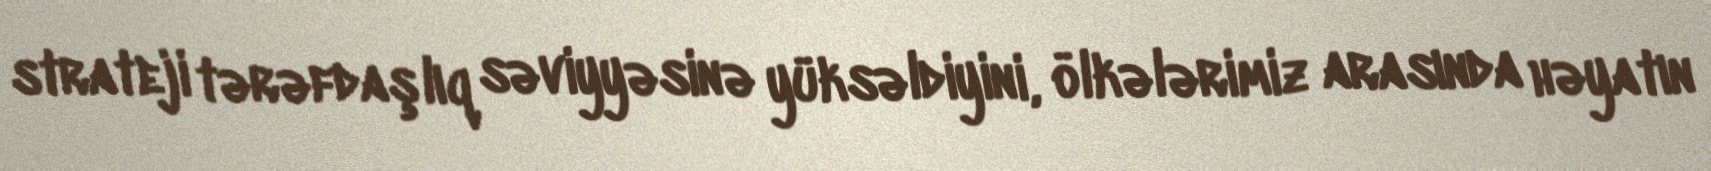
strateji tərəfdaşlıq səviyyəsinə yüksəldiyini, ölkələrimiz arasında həyatın